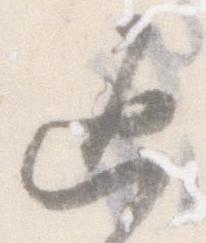
返